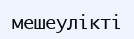
мешеулікті